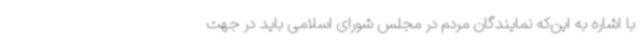
با اشاره به این‌که نمایندگان مردم در مجلس شورای اسلامی باید در جهت